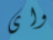
واى